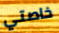
خاصتي